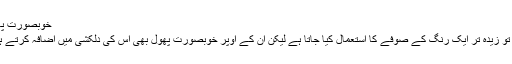
خوبصورت پھول
یوں تو زیدہ تر ایک رنگ کے صوفے کا استعمال کیا جاتا ہے لیکن ان کے اوپر خوبصورت پھول بھی اس کی دلکشی میں اضافہ کرتے ہیں ۔